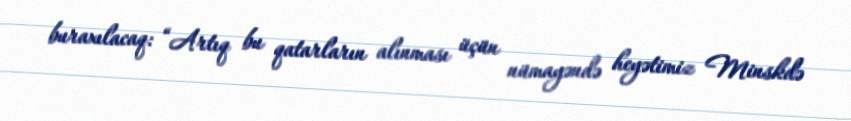
buraxılacaq: “Artıq bu qatarların alınması üçün nümayəndə heyətimiz Minskdə